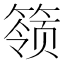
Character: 𬕬